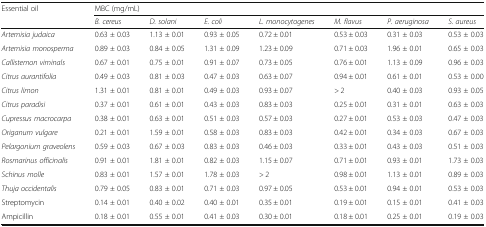
<table><thead><tr><td rowspan="2"><b>Essential oil</b></td><td colspan="7"><b>MBC (mg/mL)</b></td></tr><tr><td><b><i>B. cereus</i></b></td><td><b><i>D. solani</i></b></td><td><b><i>E. coli</i></b></td><td><b><i>L. monocytogenes</i></b></td><td><b><i>M. flavus</i></b></td><td><b><i>P. aeruginosa</i></b></td><td><b><i>S. aureus</i></b></td></tr></thead><tbody><tr><td><i>Artemisia judaica</i></td><td>0.63 ± 0.03</td><td>1.13 ± 0.01</td><td>0.93 ± 0.05</td><td>0.72 ± 0.01</td><td>0.53 ± 0.03</td><td>0.31 ± 0.03</td><td>0.53 ± 0.03</td></tr><tr><td><i>Artemisia monosperma</i></td><td>0.89 ± 0.03</td><td>0.84 ± 0.05</td><td>1.31 ± 0.09</td><td>1.23 ± 0.09</td><td>0.71 ± 0.03</td><td>1.96 ± 0.01</td><td>0.65 ± 0.03</td></tr><tr><td><i>Callistemon viminals</i></td><td>0.67 ± 0.01</td><td>0.75 ± 0.01</td><td>0.91 ± 0.07</td><td>0.73 ± 0.05</td><td>0.76 ± 0.01</td><td>1.13 ± 0.09</td><td>0.96 ± 0.03</td></tr><tr><td><i>Citrus aurantifolia</i></td><td>0.49 ± 0.03</td><td>0.81 ± 0.03</td><td>0.47 ± 0.03</td><td>0.63 ± 0.07</td><td>0.94 ± 0.01</td><td>0.61 ± 0.01</td><td>0.53 ± 0.00</td></tr><tr><td><i>Citrus limon</i></td><td>1.31 ± 0.01</td><td>0.81 ± 0.01</td><td>0.49 ± 0.03</td><td>0.93 ± 0.07</td><td>&gt; 2</td><td>0.40 ± 0.03</td><td>0.93 ± 0.05</td></tr><tr><td><i>Citrus paradisi</i></td><td>0.37 ± 0.01</td><td>0.61 ± 0.01</td><td>0.43 ± 0.03</td><td>0.83 ± 0.03</td><td>0.25 ± 0.01</td><td>0.31 ± 0.01</td><td>0.63 ± 0.03</td></tr><tr><td><i>Cupressus macrocarpa</i></td><td>0.38 ± 0.01</td><td>0.63 ± 0.01</td><td>0.51 ± 0.03</td><td>0.57 ± 0.03</td><td>0.27 ± 0.01</td><td>0.53 ± 0.03</td><td>0.47 ± 0.03</td></tr><tr><td><i>Origanum vulgare</i></td><td>0.21 ± 0.01</td><td>1.59 ± 0.01</td><td>0.58 ± 0.03</td><td>0.83 ± 0.03</td><td>0.42 ± 0.01</td><td>0.34 ± 0.03</td><td>0.67 ± 0.03</td></tr><tr><td><i>Pelargonium graveolens</i></td><td>0.59 ± 0.03</td><td>0.67 ± 0.03</td><td>0.83 ± 0.03</td><td>0.46 ± 0.03</td><td>0.33 ± 0.01</td><td>0.43 ± 0.03</td><td>0.51 ± 0.03</td></tr><tr><td><i>Rosmarinus officinalis</i></td><td>0.91 ± 0.01</td><td>1.81 ± 0.01</td><td>0.82 ± 0.03</td><td>1.15 ± 0.07</td><td>0.71 ± 0.01</td><td>0.93 ± 0.01</td><td>1.73 ± 0.03</td></tr><tr><td><i>Schinus molle</i></td><td>0.83 ± 0.01</td><td>1.57 ± 0.01</td><td>1.78 ± 0.03</td><td>&gt; 2</td><td>0.98 ± 0.01</td><td>1.13 ± 0.01</td><td>0.89 ± 0.03</td></tr><tr><td><i>Thuja occidentalis</i></td><td>0.79 ± 0.05</td><td>0.83 ± 0.01</td><td>0.71 ± 0.03</td><td>0.97 ± 0.05</td><td>0.53 ± 0.01</td><td>0.94 ± 0.01</td><td>0.53 ± 0.03</td></tr><tr><td>Streptomycin</td><td>0.14 ± 0.01</td><td>0.40 ± 0.02</td><td>0.40 ± 0.01</td><td>0.35 ± 0.01</td><td>0.19 ± 0.01</td><td>0.15 ± 0.01</td><td>0.41 ± 0.03</td></tr><tr><td>Ampicillin</td><td>0.18 ± 0.01</td><td>0.55 ± 0.01</td><td>0.41 ± 0.03</td><td>0.30 ± 0.01</td><td>0.18 ± 0.01</td><td>0.25 ± 0.01</td><td>0.19 ± 0.03</td></tr></tbody></table>